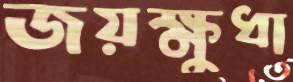
জয়ক্ষুধা